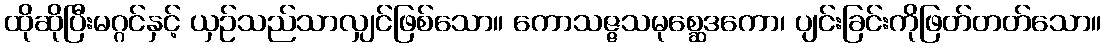
ထိုဆိုပြီးမဂ္ဂင်နှင့် ယှဉ်သည်သာလျှင်ဖြစ်သော။ ကောသဇ္ဇသမုစ္ဆေဒကော၊ ပျင်းခြင်းကိုဖြတ်တတ်သော။